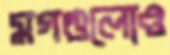
মগগুলোও